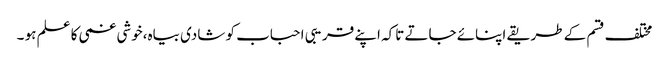
مختلف قسم کے طریقے اپنائے جاتے تاکہ اپنے قریبی احباب کو شادی بیاہ،خوشی غمی کا علم ہو ۔